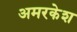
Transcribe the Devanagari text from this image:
अमरकेश